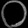
Digit: ၀